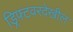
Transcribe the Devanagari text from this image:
ड्रिफ्टवरदेखील